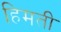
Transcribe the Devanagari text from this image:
हिमती